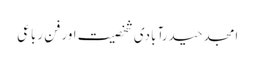
امجد حیدرآبادی شخصیت اور فنِ رباعی